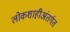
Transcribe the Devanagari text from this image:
लोकशाहीअंतर्गत